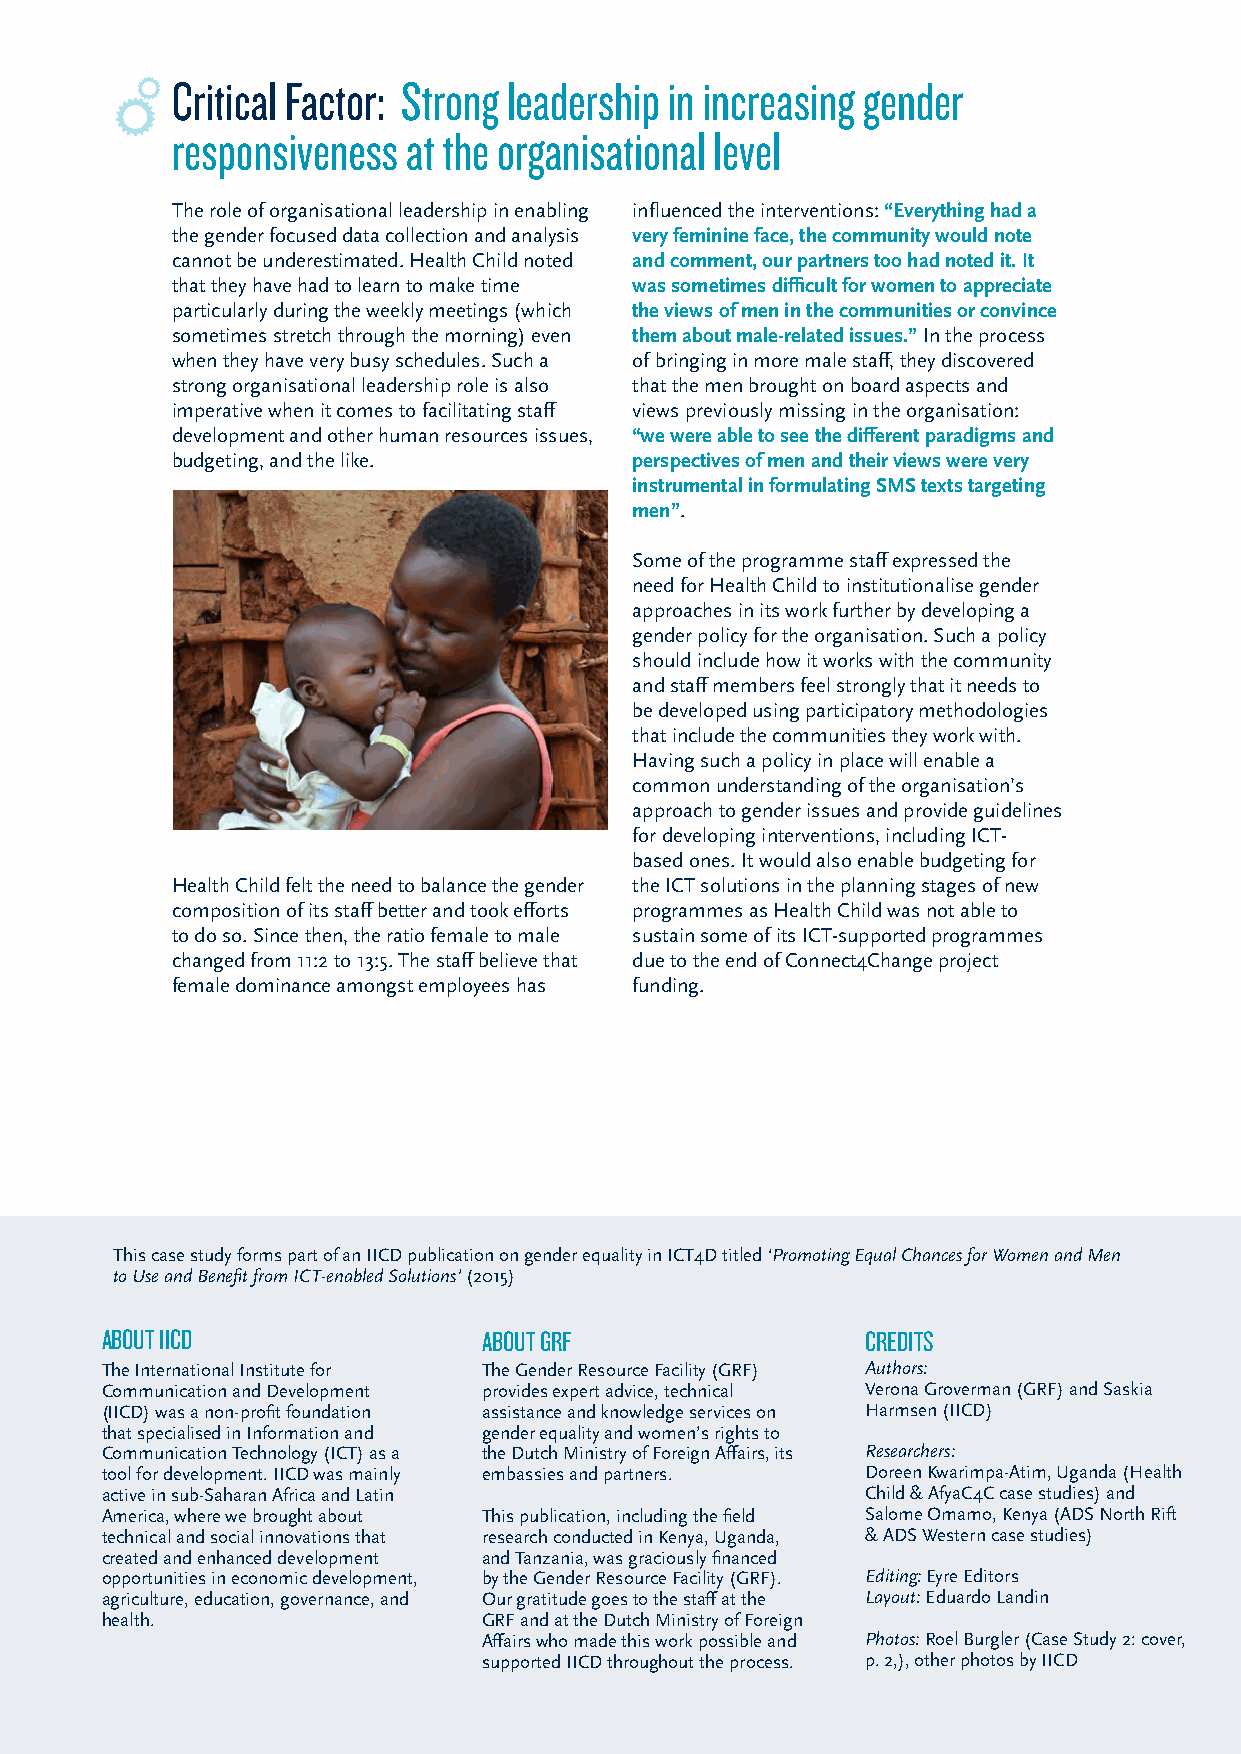
Critical Factor: Strong leadership in increasing gender
 responsiveness  at the organisational level
 The role of organisational leadership in enabling influenced the interventions: “Everything had a
 the gender focused data collection and analysis very feminine face, the community would note
 cannot be underestimated. Health Child noted and comment, our partners too had noted it. It
 that they have had to learn to make time was sometimes difficult for women to appreciate
 particularly during the weekly meetings (which the views of men in the communities or convince
 sometimes stretch through the morning) even them about male-related issues.” In the process
 when they have very busy schedules. Such a of bringing in more male staff, they discovered
 strong organisational leadership role is also that the men brought on board aspects and
 imperative when it comes to facilitating staff views previously missing in the organisation:
 development and other human resources issues, “we were able to see the different paradigms and
 budgeting, and the like.       perspectives of men and their views were very
 instrumental in formulating SMS texts targeting
 men”.
 Some of the programme staff expressed the
 need for Health Child to institutionalise gender
 approaches in its work further by developing a
 gender policy for the organisation. Such a policy
 should include how it works with the community
 and staff members feel strongly that it needs to
 be developed using participatory methodologies
 that include the communities they work with.
 Having such a policy in place will enable a
 common understanding of the organisation’s
 approach to gender issues and provide guidelines
 for developing interventions, including ICT-
 based ones. It would also enable budgeting for
 Health Child felt the need to balance the gender the ICT solutions in the planning stages of new
 composition of its staff better and took efforts programmes as Health Child was not able to
 to do so. Since then, the ratio female to male sustain some of its ICT-supported programmes
 changed from 11:2 to 13:5. The staff believe that due to the end of Connect4Change project
 female dominance amongst employees has funding.
 This case study forms part of an IICD publication on gender equality in ICT4D titled ‘Promoting Equal Chances for Women and Men
 to Use and Benefit from ICT-enabled Solutions’ (2015)
 ABOUT IICD               ABOUT GRF                CREDITS
 The International Institute for The Gender Resource Facility (GRF) Authors:
 Communication and Development provides expert advice, technical Verona Groverman (GRF) and Saskia
 (IICD) was a non-profit foundation assistance and knowledge services on Harmsen (IICD)
 that specialised in Information and gender equality and women’s rights to
 Communication Technology (ICT) as a the Dutch Ministry of Foreign Affairs, its Researchers:
 tool for development. IICD was mainly embassies and partners. Doreen Kwarimpa-Atim, Uganda (Health
 active in sub-Saharan Africa and Latin            Child & AfyaC4C case studies) and
 America, where we brought about This publication, including the field Salome Omamo, Kenya (ADS North Rift
 technical and social innovations that research conducted in Kenya, Uganda, & ADS Western case studies)
 created and enhanced development and Tanzania, was graciously financed
 opportunities in economic development, by the Gender Resource Facility (GRF). Editing: Eyre Editors
 agriculture, education, governance, and Our gratitude goes to the staff at the Layout: Eduardo Landin
 health.                  GRF and at the Dutch Ministry of Foreign
 Affairs who made this work possible and Photos: Roel Burgler (Case Study 2: cover,
 supported IICD throughout the process. p. 2,), other photos by IICD